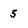
Character: 5